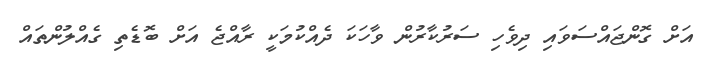
އަށް ގޮންޖައްސަވައި ދިވެހި ސަރުކާރުން ވާހަކަ ދެއްކުމަކީ ރާއްޖެ އަށް ބޮޑެތި ގެއްލުންތައް